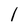
Character: l